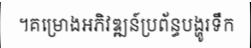
។គម្រោងអភិវឌ្ឍន៍ប្រព័ន្ធបង្ហូរទឹក